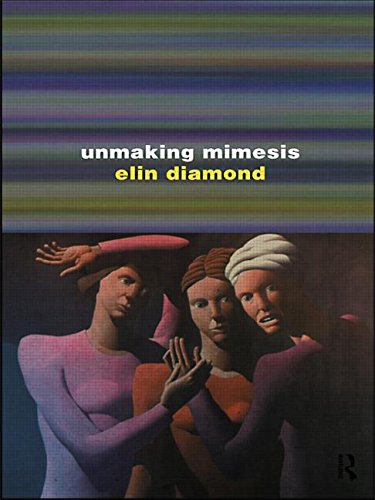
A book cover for Unmaking Mimesis: Essays on Feminism and Theatre; Elin Diamond; Literature & Fiction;